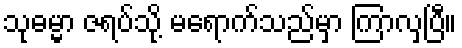
သုဓမ္မာ ဇရပ်သို့ မရောက်သည်မှာ ကြာလှပြီ။